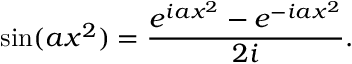
\sin ( a x ^ { 2 } ) = { \frac { e ^ { i a x ^ { 2 } } - e ^ { - i a x ^ { 2 } } } { 2 i } } .